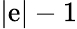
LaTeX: |\mathrm{e}|-1